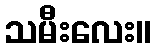
သမီးလေး။